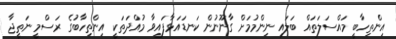
އިންތިހާބީ މައްސަލަތައް ބަލައި ނިންމުމަށް ގާނޫނުން ކަނޑައަޅާފައިވާ މުއްދަތަކީ އިންތިހާބުގެ ރަސްމީ ނަތީޖާ